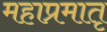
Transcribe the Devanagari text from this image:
महाप्रमातृ